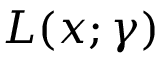
L ( x ; \gamma )